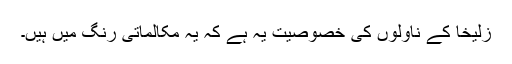
زُلیخا کے ناولوں کی خصوصیت یہ ہے کہ یہ مکالماتی رنگ میں ہیں۔